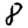
Digit: 8